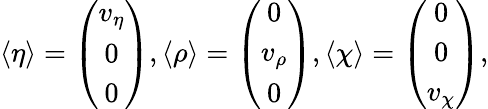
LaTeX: \langle\eta\rangle=\left(\begin{array}{c}{{v_{\eta}}}\\ {{0}}\\ {{0}}\end{array}\right),\langle\rho\rangle=\left(\begin{array}{c}{{0}}\\ {{v_{\rho}}}\\ {{0}}\end{array}\right),\langle\chi\rangle=\left(\begin{array}{c}{{0}}\\ {{0}}\\ {{v_{\chi}}}\end{array}\right),